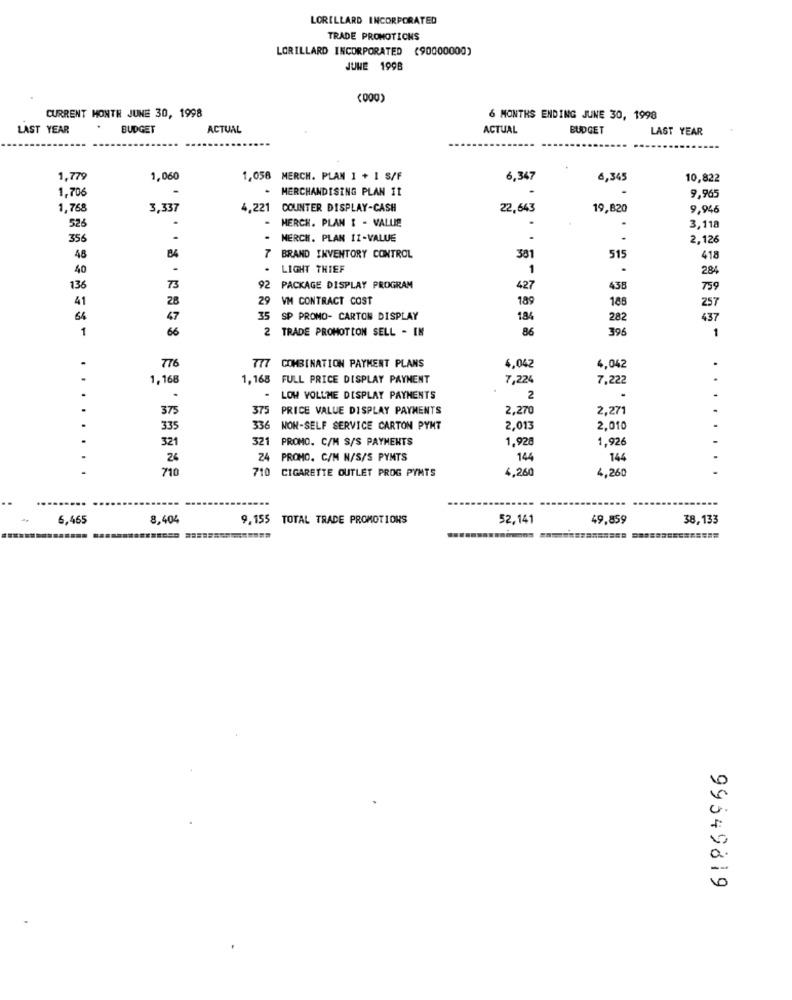
LORILLARD INCORPORATED
TRADE PROMOTIONS
LORILLARD INCORPORATED (90000000)
JUNE 1998
(000)
CURRENT MONTH JUNE 30, 1998
6 MONTHS ENDING JUNE 30, 1998
LAST YEAR
BUDGET
ACTUAL
ACTUAL
BUDGET
LAST YEAR
1,779
1,060
1,058 MERCH. PLAN 1 + 1 S/F
6,347
4,345
10,822
1,706
. MERCHANDISING PLAN II
.
9,965
1,768
3,337
4.221 COUNTER DISPLAY-CASH
22,643
19,820
9,946
.
HERCH. PLAN I - VALUE
526
.
.
3,118
356
.
MERCH. PLAN II-VALUE
-
2,126
84
515
48
7
BRAND INVENTORY CONTROL
381
418
40
.
LIGHT THIEF
1
.
284
136
73
92 PACKAGE DISPLAY PROGRAM
427
438
759
41
28
29 VM CONTRACT COST
189
188
257
64
47
35
SP PROMO- CARTON DISPLAY
184
282
437
1
66
2
TRADE PROMOTION SELL - IN
86
396
1
776
COMBINATION PAYMENT PLANS
.
4,042
4,042
1,168
1,168 FULL PRICE DISPLAY PAYMENT
7,224
7,222
LOW YOLLME DISPLAY PAYMENTS
2
.
.
375
375
PRICE VALUE DISPLAY PAYMENTS
2,270
2,271
.
335
336
NON-SELF SERVICE CARTON PYNT
2,013
2,010
321
1 PROMO. C/M S/S PAYMENTS
1.928
1,926
26
24 PROMO. C/M N/S/S PYMTS
144
144
710
710 CIGARETTE OUTLET PROG PYNTS
4,260
4,260
........
6,465
8,404
9.155 TOTAL TRADE PROMOTIONS
52,141
49,859
38,133
99549819